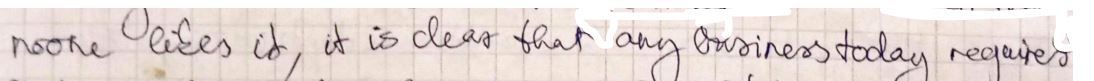
noone likes it, it is clear than any business today requires